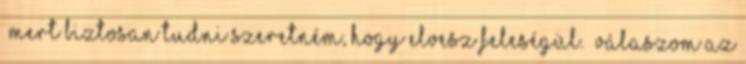
„Mert biztosan tudni szeretném, hogy elvesz feleségül.” Válaszom az